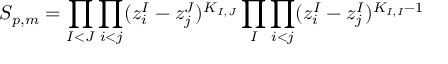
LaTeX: S _ { p , m } = \prod _ { I < J } \prod _ { i < j } ( z _ { i } ^ { I } - z _ { j } ^ { J } ) ^ { K _ { I , J } } \prod _ { I } \prod _ { i < j } ( z _ { i } ^ { I } - z _ { j } ^ { I } ) ^ { K _ { I , I } - 1 }